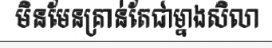
មិនមែនគ្រាន់តែជាម្នាងសិលា